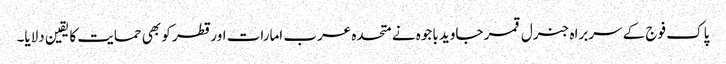
پاک فوج کے سربراہ جنرل قمر جاوید باجوہ نے متحدہ عرب امارات اور قطر کو بھی حمایت کا یقین دلایا۔